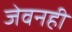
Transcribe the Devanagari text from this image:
जेवनही